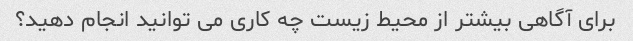
برای آگاهی بیشتر از محیط زیست چه کاری می توانید انجام دهید؟